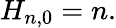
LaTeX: H_{n,0}=n.